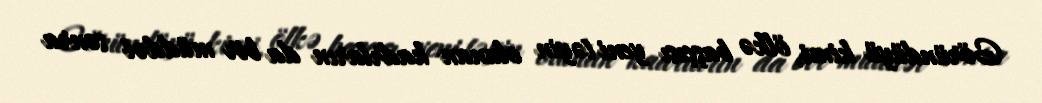
Göründüyü kimi, ölkə başçısı yeni təyin olunan kadrların da bir müddət sonra